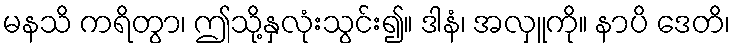
မနသိ ကရိတွာ၊ ဤသို့နှလုံးသွင်း၍။ ဒါနံ၊ အလှူကို။ နာပိ ဒေတိ၊